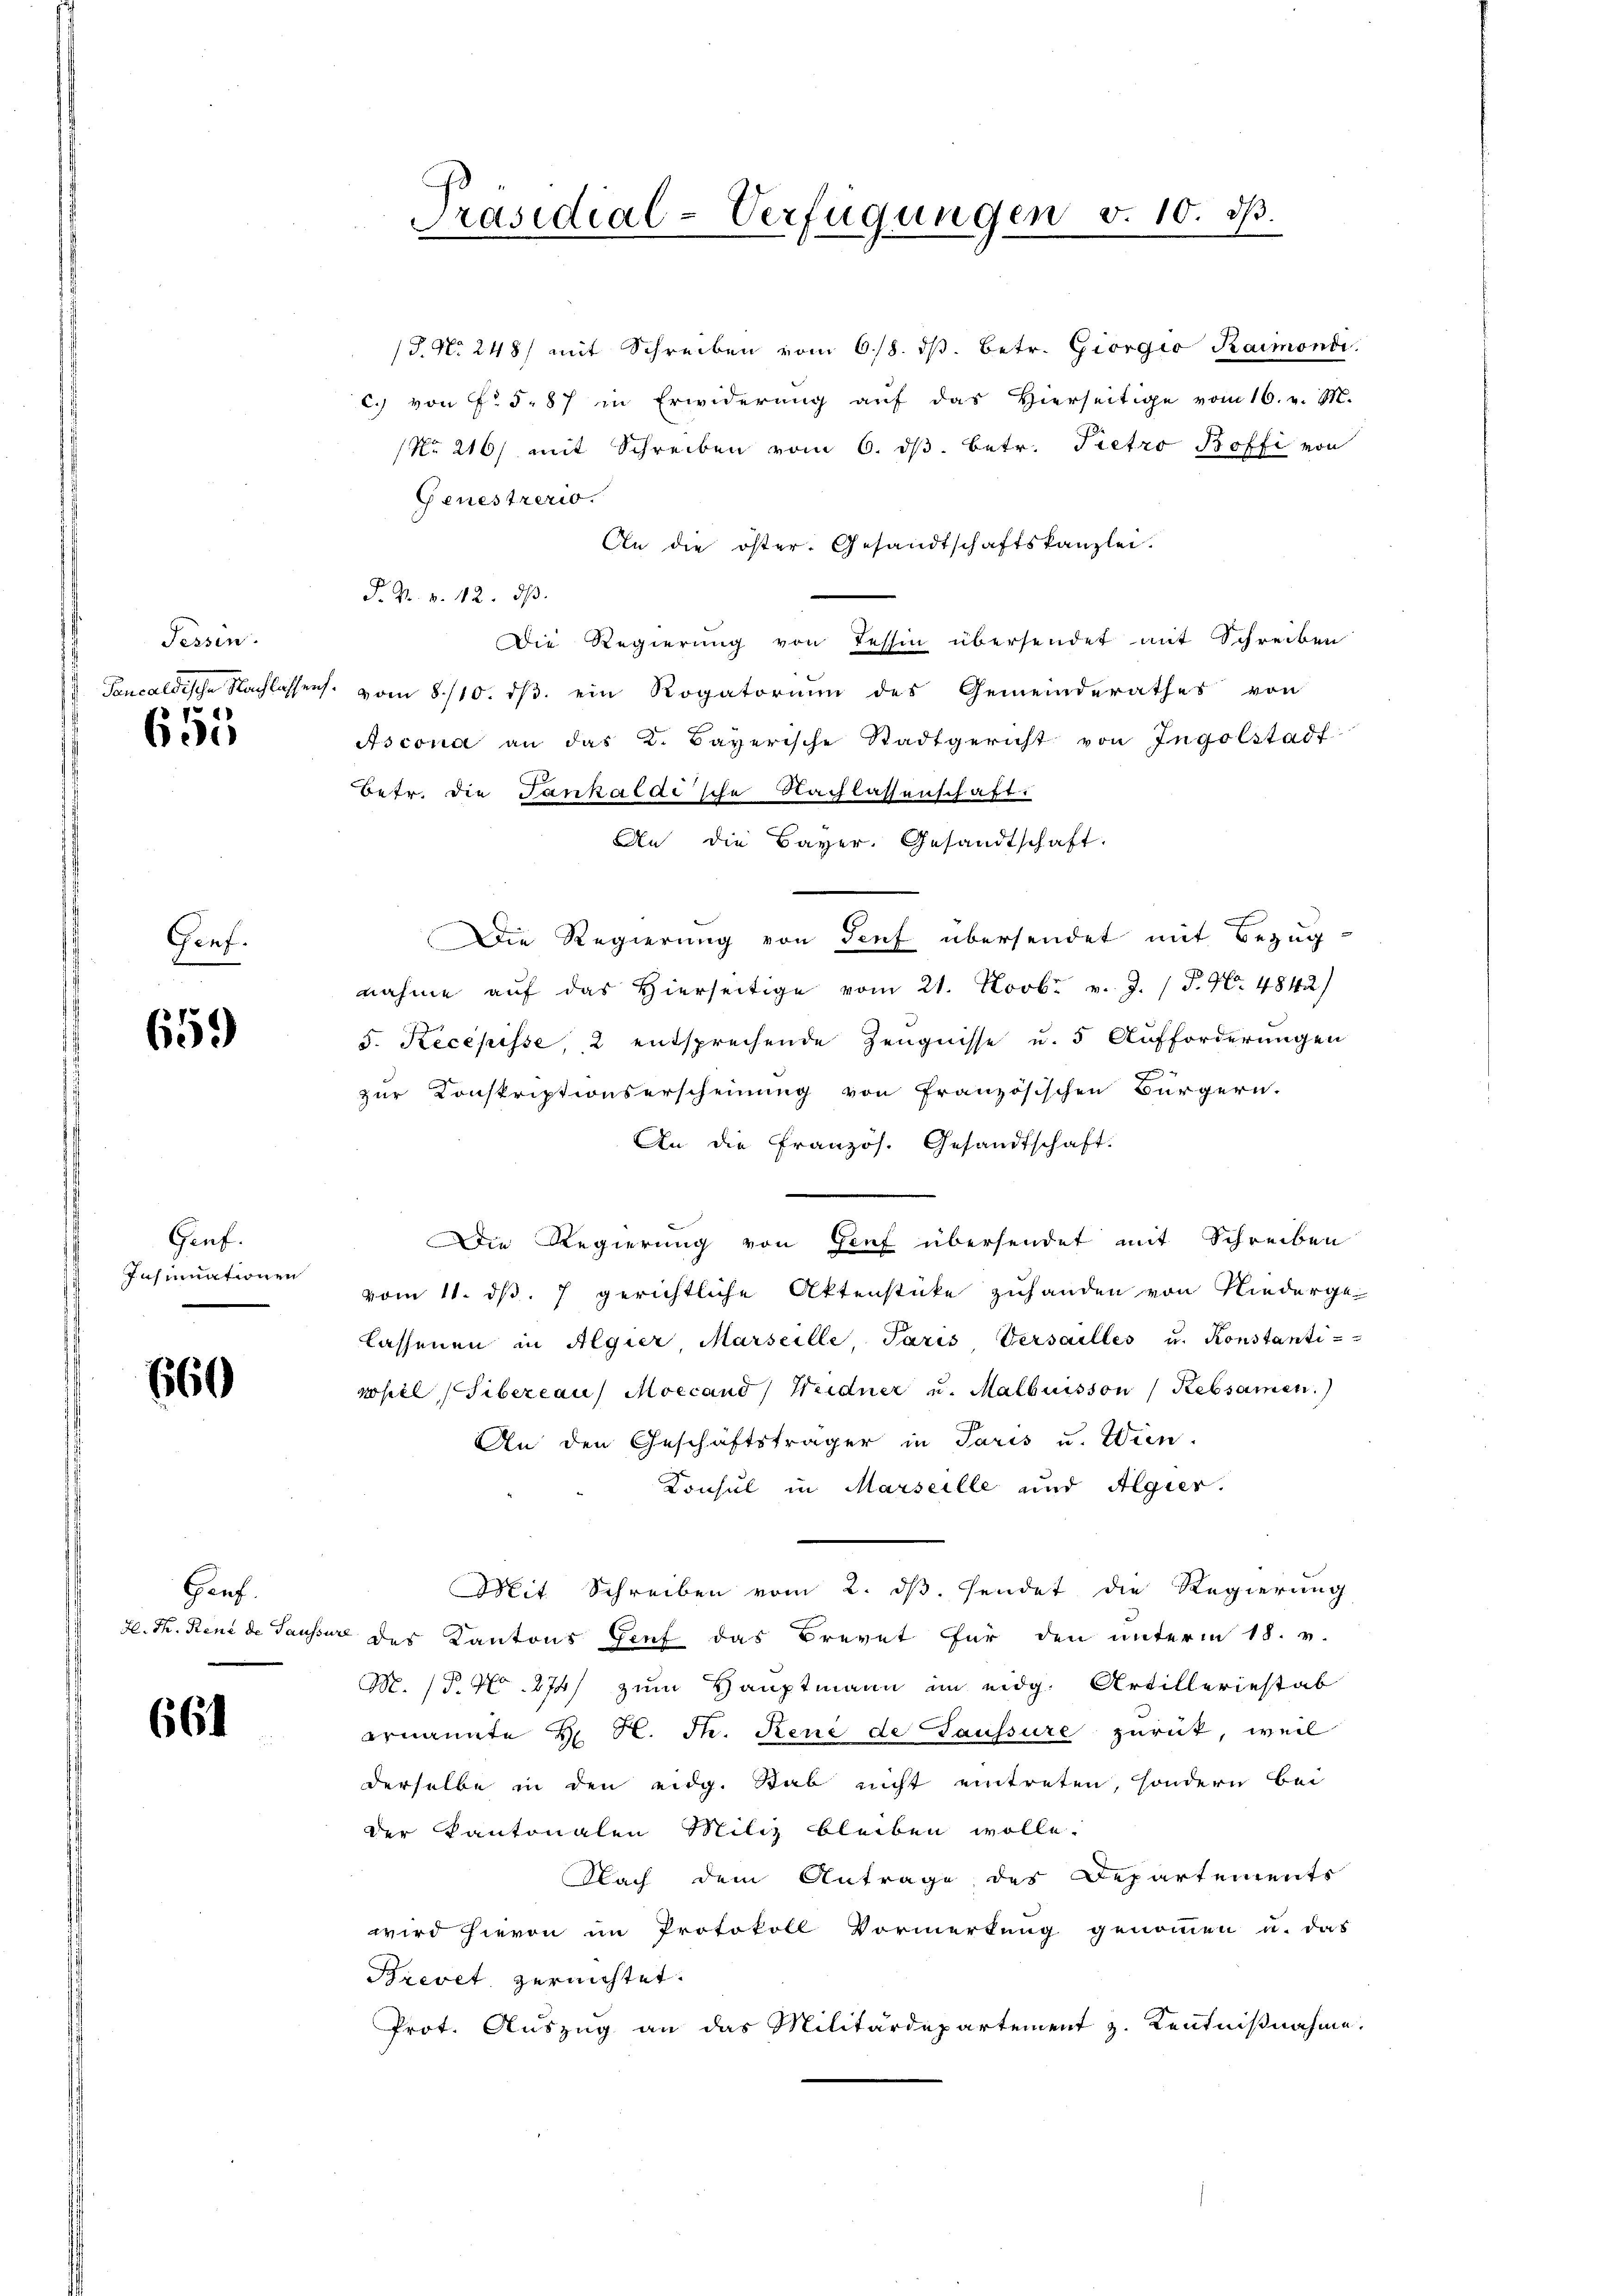
Tessin.

655

Genf.

659

Genf.

660

Gauf.

661

c. von f. 587 in Erwiderŭng aŭf das hierseitige vom 16. v. M.
(No. 210) mit Schreiben vom 6. dβ. betr. Pietro Boffi von
Genestrerio.
An die öster. Gesandtschaftskanzlei.
F. Dr. v. 12. dβ.
Die Regierŭng von Tessin übersendet mit Schreiben
Toncaldische Nachlassens vom 8/10. dβ ein Rogatorium des Gemeinderathes von
Ascona an das K. Bayerische Stadtgericht von Ingolstadt
Betr. die Tankalac'sche Nachlassenschaft:
An die Bayer. Gesandtschaft.
Die Regierung von Senf übersendet mit Bezug
nahme aŭf das hierseitige vom 21. Novbr. v. J. P. Nr. 4842)
5. Recepisse, 2 entsprechende Zeugnisse u. 5 Aufforderungen
zur Konskriptionserscheinung von französischen Bürgern.
An die Französ. Gesandtschaft.
Die Regierung von Genf übersendet mit Schreiben
Insumationen vom 11. dβ. 7 gerichtliche Aktenstüke zuhanden von Niedergelassenen in Algier, Marseille, Paris Versailles u. Konstanti-
nopel Tibereaus Moricand) Heidner u. Malbuisson (Rebsamen.
An den Geschäftsträger in Paris u. Wien-
Konsul in Marseille und Algier.
Mit Schreiben vom 2. ds. sendet die Regierung
H. K. René de Sausser des Kantons Genf das Brevet für den unterm 18. v.
M. P. Nr. 274) zum Hauptmann im eidg. Artilleriestab
ernannte H. H. Th. René de Gaussure zurück, weil
derselbe in den eidg. Stab nicht eintreten, sondern bei
der Kantonalen Miliz bleiben wolle.
Nach dem Antrage, des Departements
wird hievon im Protokoll Vormerkung genommen u. das
Brevet, vernichtet.
Prot. Auszug an das Militärdepartement z. Kenntnißnahme.

Präsidial-Verfügungen v. 10. d.

/J. No. 248) mit Schreiben vom 6./8. dβ. betr. Giorgio Raimondi